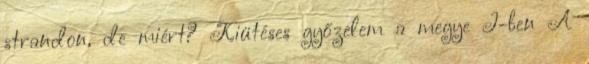
strandon, de miért? Kiütéses győzelem a megye I-ben A